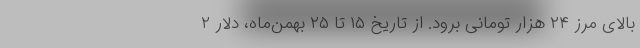
بالای مرز ۲۴ هزار تومانی برود. از تاریخ ۱۵ تا ۲۵ بهمن‌ماه، دلار ۲